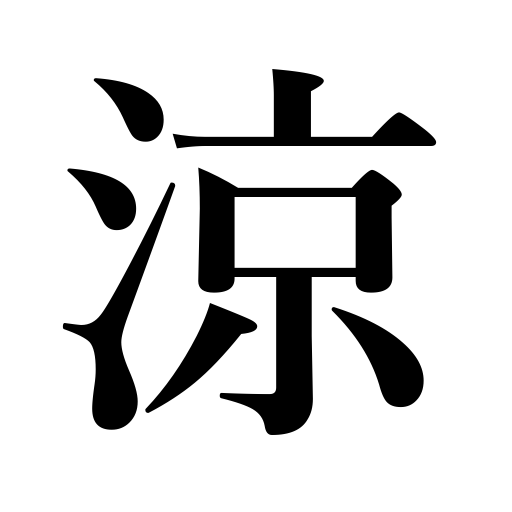
Meanings: enjoy the evening air,cool oneself,cool,refreshing